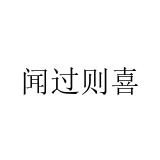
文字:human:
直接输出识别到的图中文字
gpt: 闻过则喜